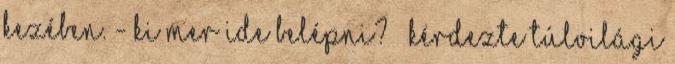
kezében. - Ki mer ide belépni? – kérdezte túlvilági